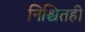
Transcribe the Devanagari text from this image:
निश्चितही